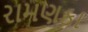
રામણકા